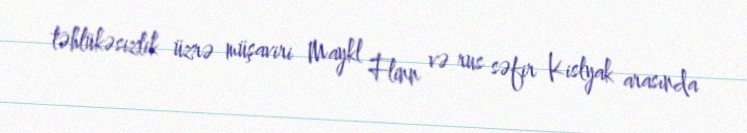
təhlükəsizlik üzrə müşaviri Maykl Flinn və rus səfir Kislyak arasında